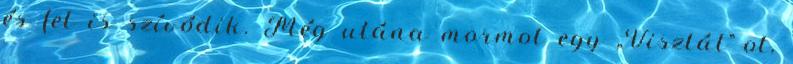
és fel is szívódik. Még utána mormol egy „Viszlát”-ot,